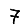
Digit: 7